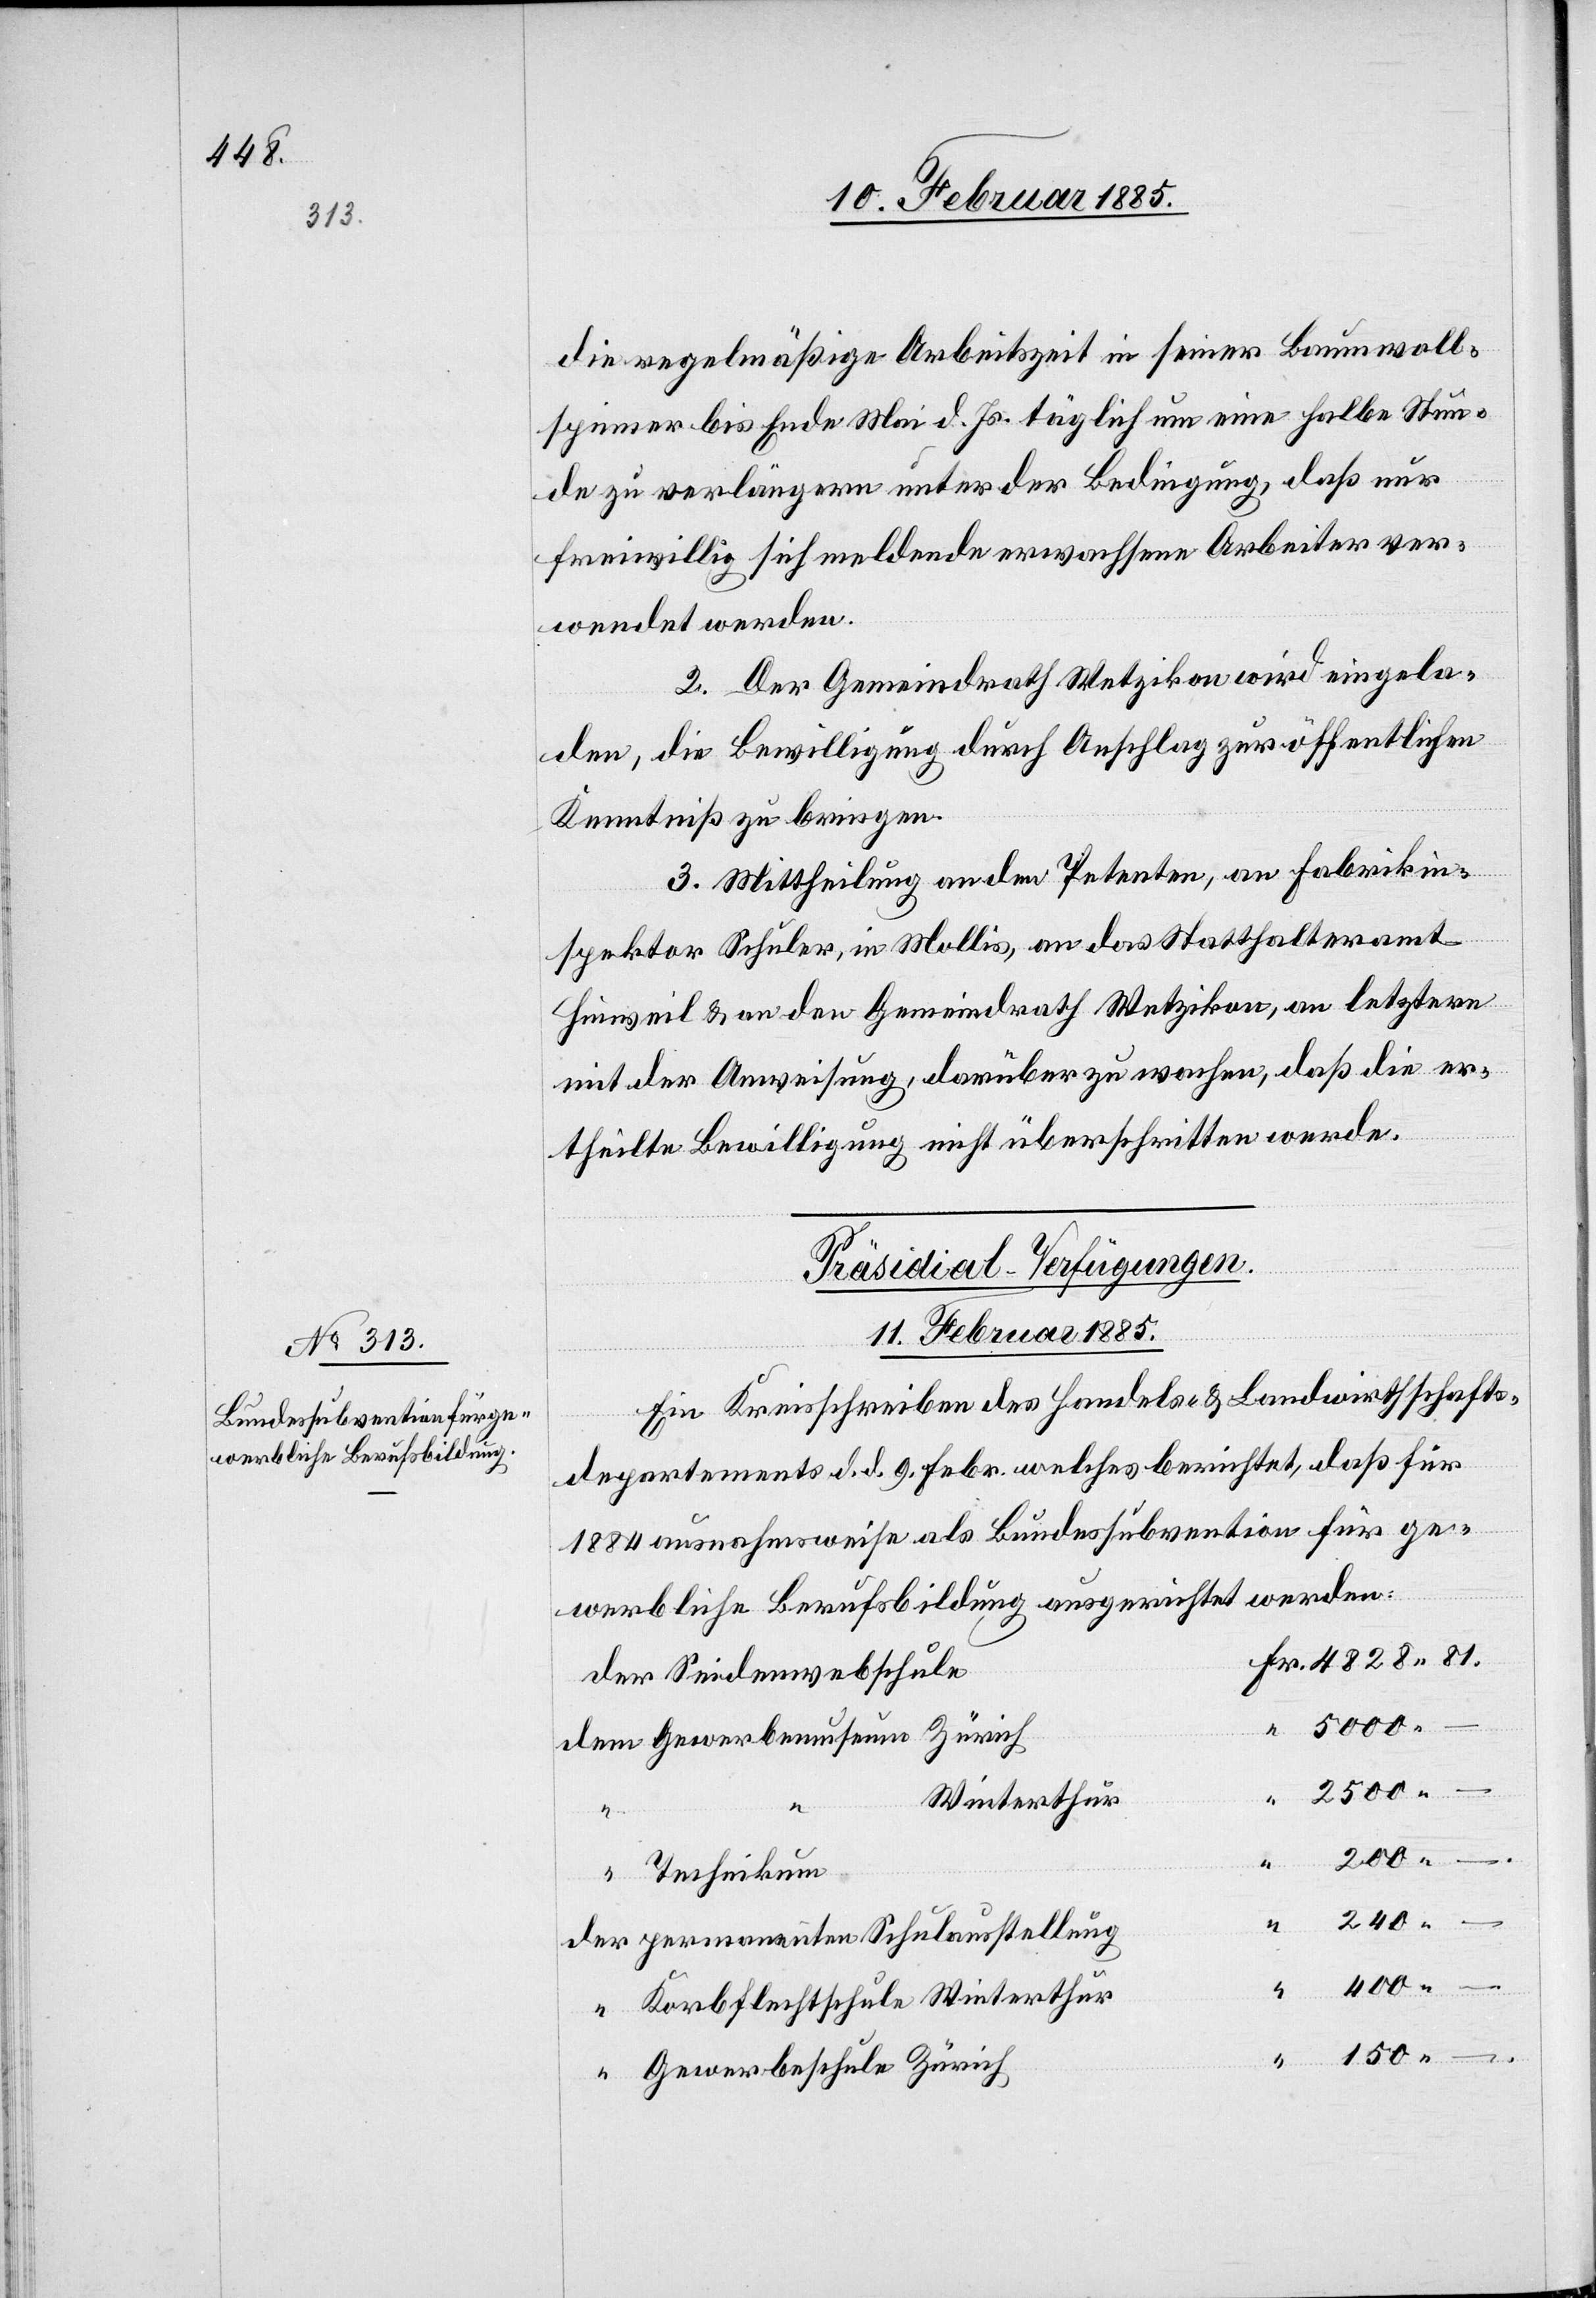
die regelmäßige Arbeitszeit in seiner Baumwoll¬
spinner[ei] bis Ende Mai d. Js. täglich um eine halbe Stun¬
de zu verlängern unter der Bedingung, daß nur
freiwillig sich meldende erwachsene Arbeiter ver¬
wendet werden.
2. Der Gemeindrath Wetzikon wird eingela¬
den, die Bewilligung durch Anschlag zur öffentlichen
Kenntniß zu bringen.
3. Mittheilung an den Petenten an Fabrikin¬
spektor Schuler, in Mollis, an das Statthalteramt
Hinweil & an den Gemeindrath Wetzikon, an letztern
mit der Anweisung, darüber zu wachen, daß die er¬
theilte Bewilligung nicht überschritten werde.
Präsidial-Verfügungen.
11. Februar 1885.
Ein Kreisschreiben des Handels- & Landwirthschafts¬
departements d. d. 9. Febr. welches berichtet, daß für
1884 ausnahmsweise als Bundessubvention für ge¬
werbliche Berufsbildung ausgerichtet werden:
der Seidenwebschule
dem Gewerbemuseum Zürich
2500
Winterthur
200
Technikum
“
der permanenten Schulausstellung
“
400
–
–
“ Korbflechtschule Winterthur
“ Gewerbeschule Zürich